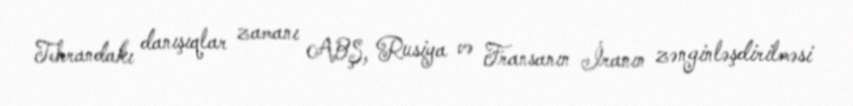
Tehrandakı danışıqlar zamanı ABŞ, Rusiya və Fransanın İranın zənginləşdirilməsi